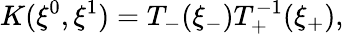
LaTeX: K(\xi^{0},\xi^{1})=T_{-}(\xi_{-})T_{+}^{-1}(\xi_{+}),